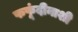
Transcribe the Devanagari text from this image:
फफूंदीनाशी